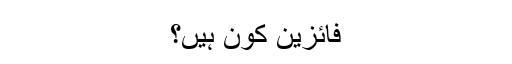
فائزین کون ہیں؟